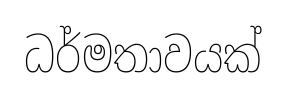
ධර්මතාවයක්